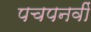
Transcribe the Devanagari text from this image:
पचपनवीं